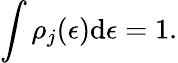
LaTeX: \int\rho_{j}(\epsilon)\mathrm{d}\epsilon=1.